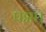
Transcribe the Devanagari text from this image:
पद्मा।